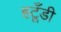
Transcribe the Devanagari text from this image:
हटूँडी